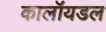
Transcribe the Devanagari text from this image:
कालॉयडल